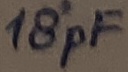
Text: 18pF